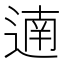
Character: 遖